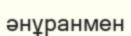
әнұранмен